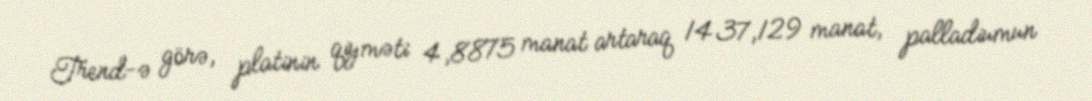
Trend-ə görə, platinin qiyməti 4,8875 manat artaraq 1437,129 manat, palladiumun